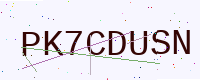
Text: PK7CDUSN